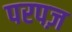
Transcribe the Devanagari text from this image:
परपज़